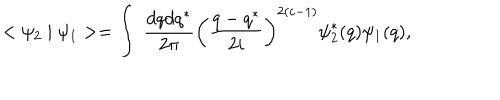
< \psi _ { 2 } \mid \psi _ { 1 } > = \int \; \frac { d q d q ^ { * } } { 2 \pi } \left( \frac { q - q ^ { * } } { 2 i } \right) ^ { 2 ( c - 1 ) } { \psi } _ { 2 } ^ { * } ( q ) \psi _ { 1 } ( q ) ,